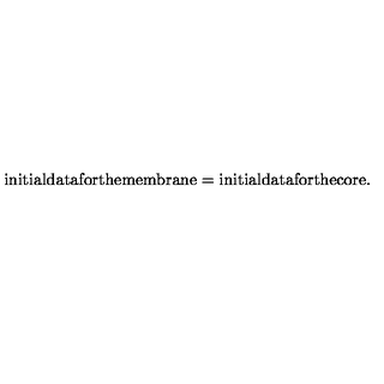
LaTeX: \mathrm { i n i t i a l d a t a f o r t h e m e m b r a n e = i n i t i a l d a t a f o r t h e c o r e . }